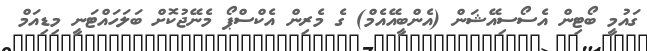
ގައުމީ ބޯޓިން އެސޯސިއޭޝަން (އެންބީއޭއެމް) ގެ މެރިން އެކްސްޕޯ މެނޭޖުކޮށް ބަލަހައްޓަނީ މިޑިއަމް